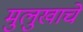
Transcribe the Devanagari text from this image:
मुलुखाचे